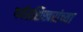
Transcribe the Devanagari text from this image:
पर्वतशिखरांच्या